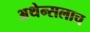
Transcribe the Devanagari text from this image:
अथेन्सलाच